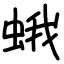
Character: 蛾